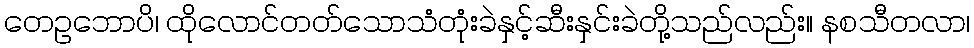
တေဥဘောပိ၊ ထိုလောင်တတ်သောသံတုံးခဲနှင့်ဆီးနှင်းခဲတို့သည်လည်း။ နစသီတလာ၊